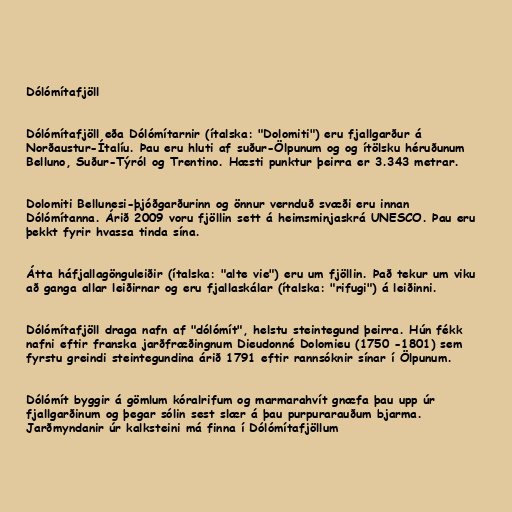
Dólómítafjöll

Dólómítafjöll eða Dólómítarnir (ítalska: "Dolomiti") eru fjallgarður á
Norðaustur-Ítalíu. Þau eru hluti af suður-Ölpunum og og ítölsku héruðunum
Belluno, Suður-Týról og Trentino. Hæsti punktur þeirra er 3.343 metrar.

Dolomiti Bellunesi-þjóðgarðurinn og önnur vernduð svæði eru innan
Dólómítanna. Árið 2009 voru fjöllin sett á heimsminjaskrá UNESCO. Þau eru
þekkt fyrir hvassa tinda sína.

Átta háfjallagönguleiðir (ítalska: "alte vie") eru um fjöllin. Það tekur um viku
að ganga allar leiðirnar og eru fjallaskálar (ítalska: "rifugi") á leiðinni.

Dólómítafjöll draga nafn af "dólómít", helstu steintegund þeirra. Hún fékk
nafni eftir franska jarðfræðingnum Dieudonné Dolomieu (1750 -1801) sem
fyrstu greindi steintegundina árið 1791 eftir rannsóknir sínar í Ölpunum.

Dólómít byggir á gömlum kóralrifum og marmarahvít gnæfa þau upp úr
fjallgarðinum og þegar sólin sest slær á þau purpurarauðum bjarma.
Jarðmyndanir úr kalksteini má finna í Dólómítafjöllum